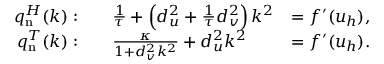
{ \begin{array} { r l r } { q _ { \mathrm { n } } ^ { H } ( k ) : } & { \quad { \frac { 1 } { \tau } } + \left( d _ { u } ^ { 2 } + { \frac { 1 } { \tau } } d _ { v } ^ { 2 } \right) k ^ { 2 } } & { = f ^ { \prime } ( u _ { h } ) , } \\ { q _ { \mathrm { n } } ^ { T } ( k ) : } & { \quad { \frac { \kappa } { 1 + d _ { v } ^ { 2 } k ^ { 2 } } } + d _ { u } ^ { 2 } k ^ { 2 } } & { = f ^ { \prime } ( u _ { h } ) . } \end{array} }